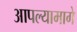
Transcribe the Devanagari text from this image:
आपल्यामागे